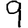
Digit: 9